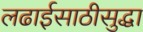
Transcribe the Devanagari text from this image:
लढाईसाठीसुद्धा